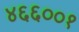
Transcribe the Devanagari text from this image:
४६६००१